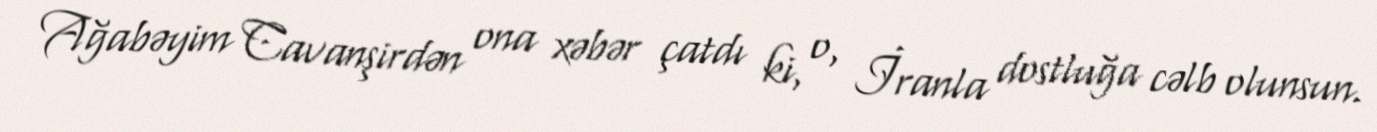
Ağabəyim Cavanşirdən ona xəbər çatdı ki, o, İranla dostluğa cəlb olunsun.